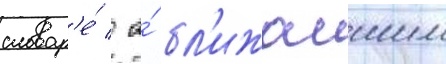
словар'е́ / а́ бл'ижаишим